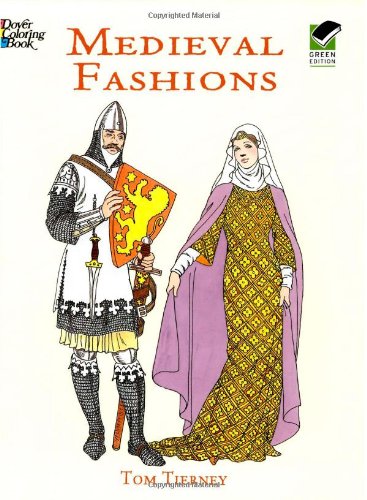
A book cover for Medieval Fashions Coloring Book (Dover Fashion Coloring Book); Tom Tierney; Children's Books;